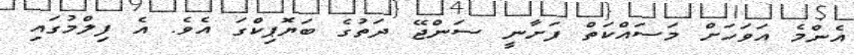
އެންމެ އަވަހަށް މަސައްކަތް ފަށާނީ ސަންޖޭ ދަތުގެ ބަޔޮޕިކްގަ އެވެ. އެ ފިލްމުގައި